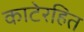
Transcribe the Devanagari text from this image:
काटेरहित